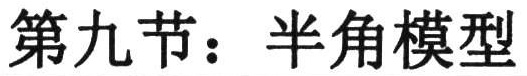
第九节：半角模型